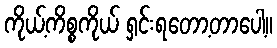
ကိုယ့်ကိစ္စကိုယ် ရှင်းရတော့တာပေါ့။